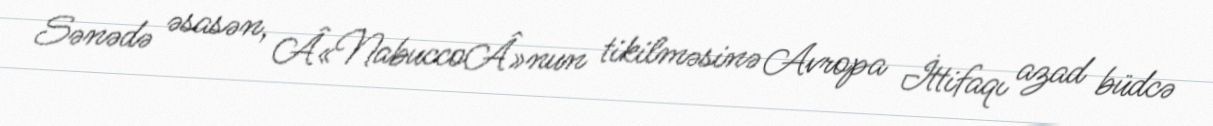
Sənədə əsasən, Â«NabuccoÂ»nun tikilməsinə Avropa İttifaqı azad büdcə